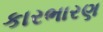
કારભારણ